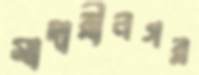
মাদারীনগর